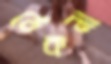
ঠেকনা